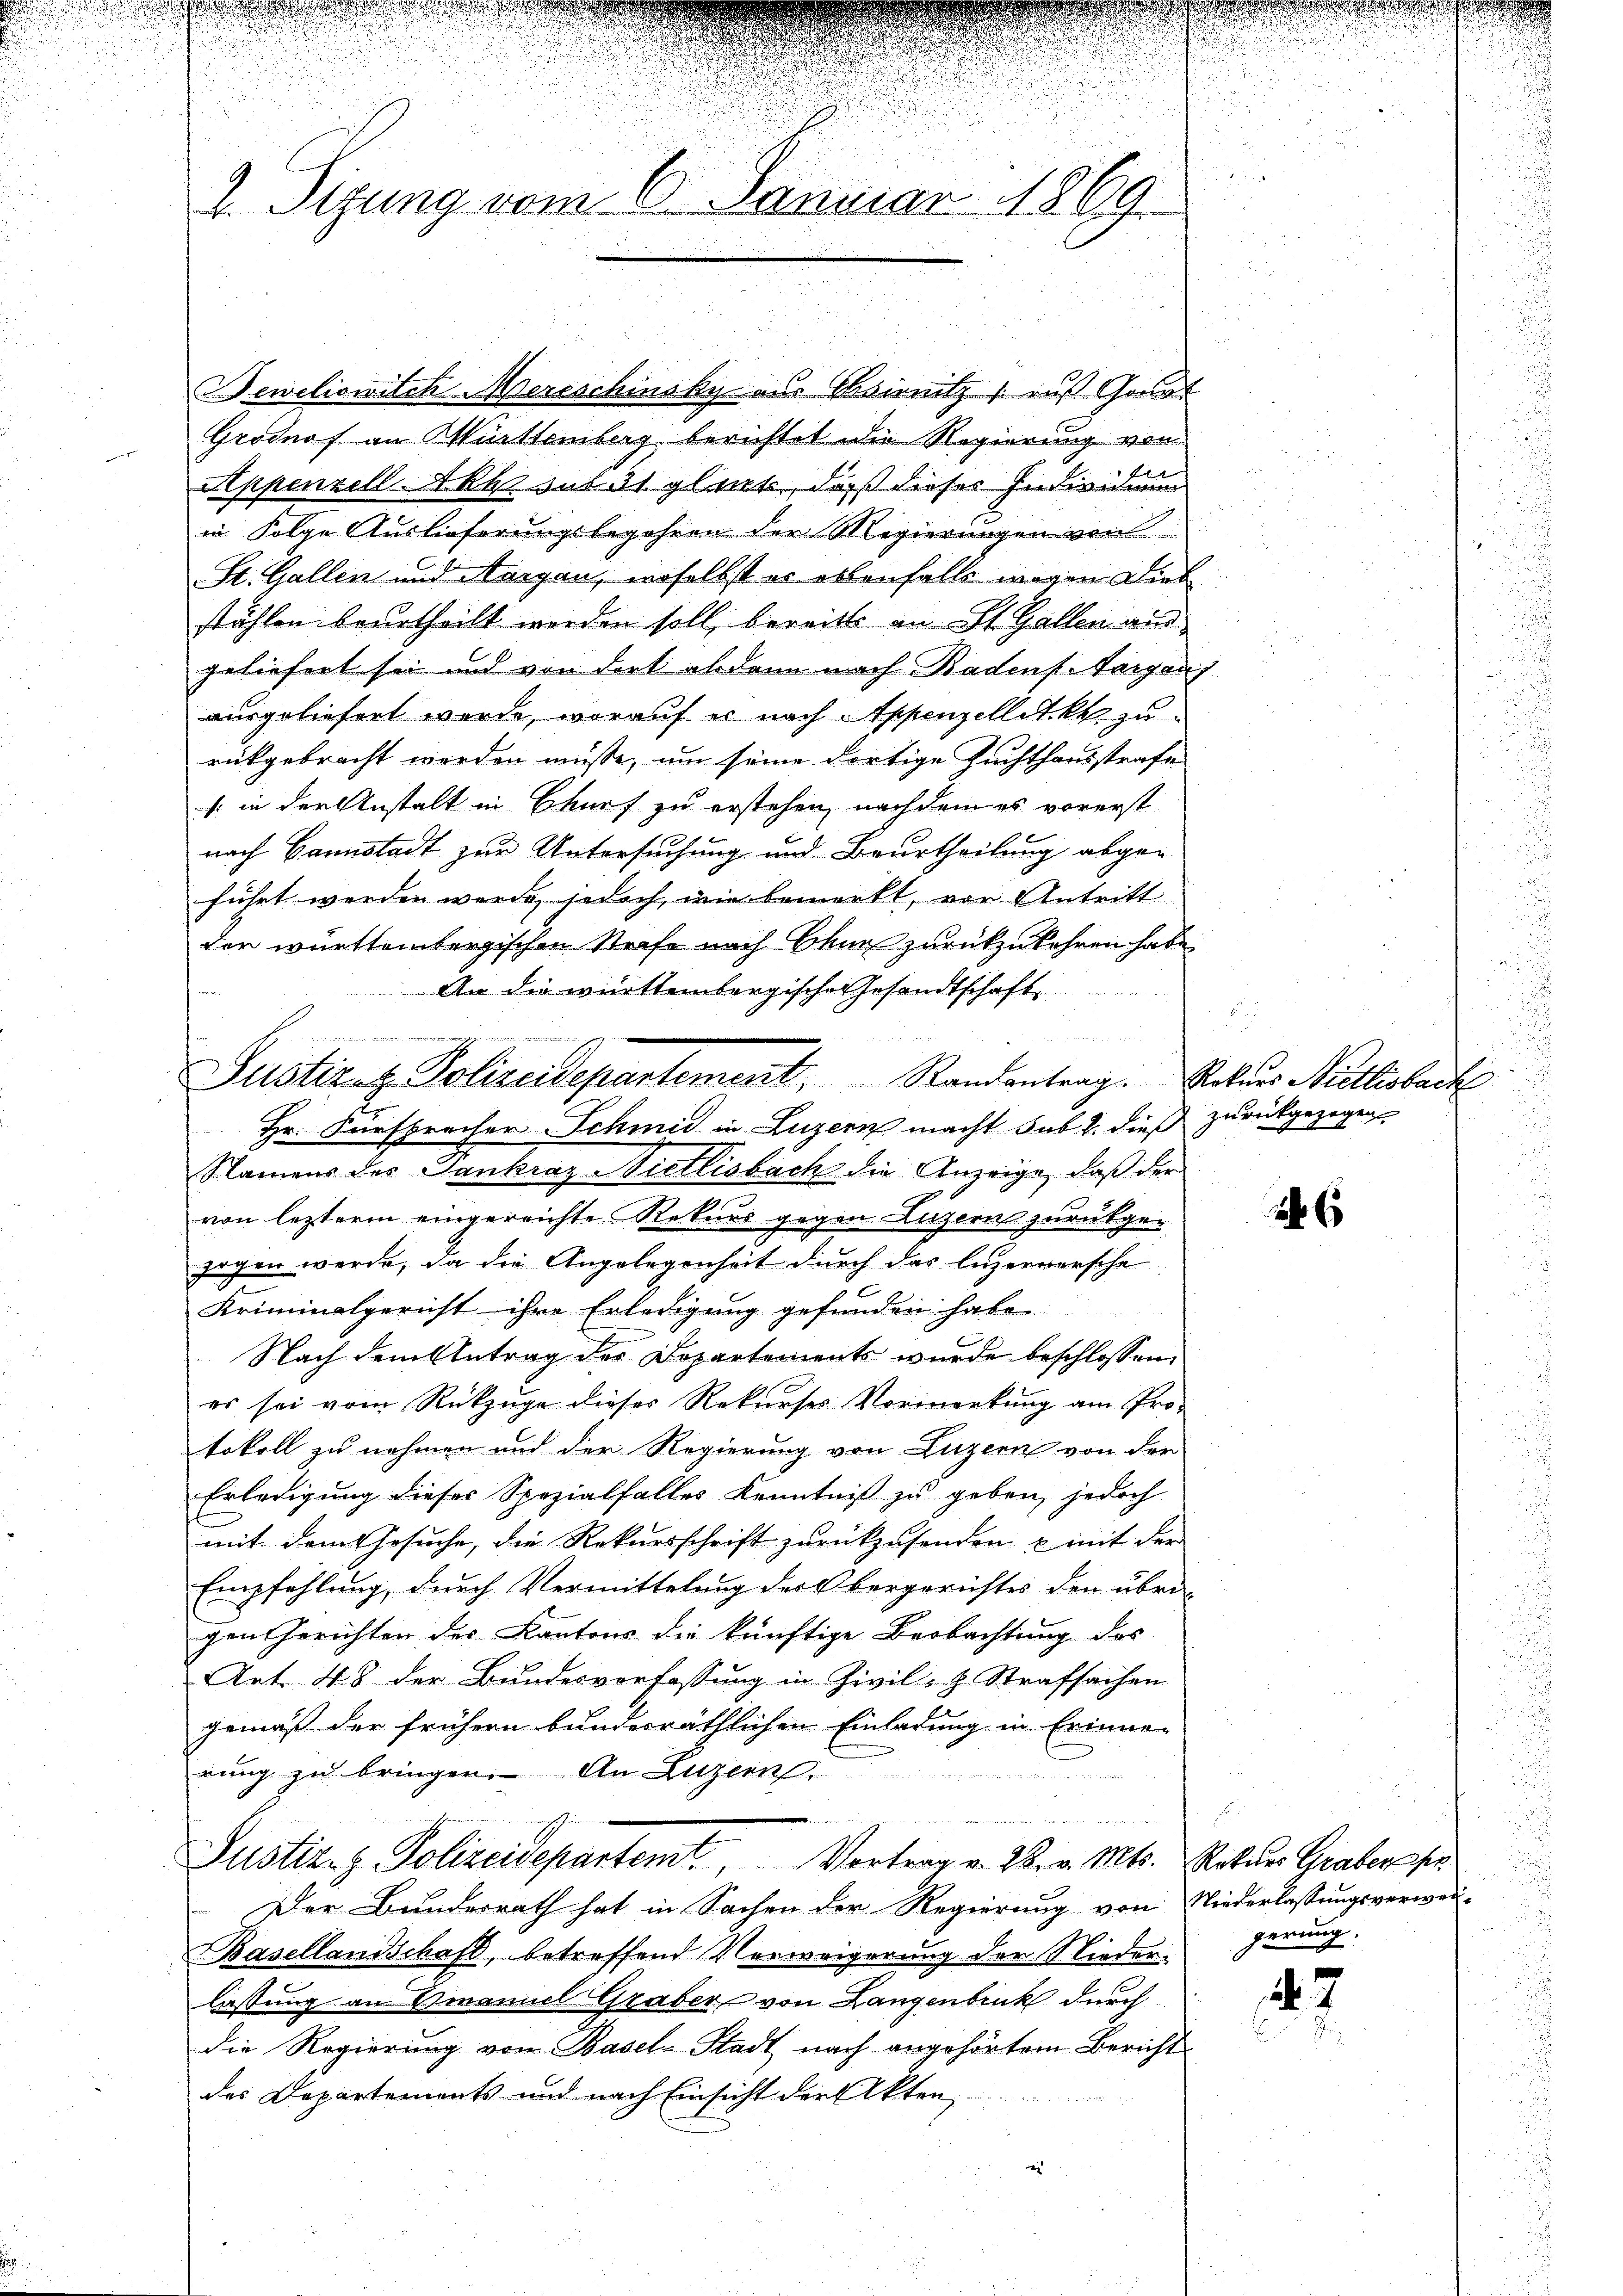
.
2. Sizung vom 6. Januar 1869.

Beweliowitchereschinsky aus Bsirnitz 1 aus Gount
Grodnof an Württemberg berichtet die Regierung von
Stppenzell Akt sub 31 gleit, daß dieses Individuum
in Folge Auslieferungsbegehren der Regierungen von
St. Gallen und Nargau, woselbst er ellenfalls wegen Dies
stählen beurtheilt werden soll, bereits an St. Gallen aus
geliefert sei und von dort abdan nach Badens. Sorgen,
ausgeliefert wurde, worauf er nach Appenzellet k. zu
rückgebracht werden müsse, um seine dortige Zuchthausstrafe
s in der Anstalt in Churf zu erstehen, nachdem es vorerst
nach Bannstadt zur Untersuchung und Beurtheilung abge-
führt werden werde, jedoch, wie bemerkt, vor Antritt
der württembergischen Strafe nach Chur zurückzukehren habe
An die württembergische Gesandtschaft

Namens des Sankraz Nietlisbach die Anzeige, daß der
von lezterm eingereichte Rekurs gegen Luzern zurückgezogen werde, da die Angelegenheit durch das luzernersche
Kriminalgericht ihre Erledigung gefunden habe.
Nach dem Antrag des Dopartements wurde beschlossen,
es sei vom Rückzuge dieses Rekurses Vormerkung am Protokoll zu nehmen und der Regierung von Luzern von der
Erledigung dieser Spezialfalles Kenntniß zu geben, jedoch
mit dem Gesuche, die Rekursschrift zurückzusenden & mit der
Empfehlung, durch Vermittelung des Obergerichtes den übri-
gen Gerichten des Kantons die künftige Beobachtung des
Art. 48 der Bundesverfassung in Zivil- H. Strafsachen
gemäß der frühern bunderräthlichen Einladung in Erinne-
rung zu bringen. An Luzern
Justiz- & Polizeidepartemt. Vortrag v. 28. v. Mts. Rotter Graberssen
Der Bundesrath hat in Sachen der Regierung von Niederlassungsverwei-
Basellandschaft, betreffend Verweigerung der Niedergerung.
lassung an Emanuel Graber, von Langenbruck durch
die Regierung von Basel-Stadt nach angehörtem Bericht
des Departements und nach Einsicht der Akten
i

4
Justiz- & Polizeidepartement, Randantrag. Rekurs Nietlisbach
.
Hr. Fürsprecher Schmid in Luzern macht sub 2. dieß zurückgezogen,

24 x

.

.
2

7

2
u